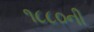
૧૮૮૦ની